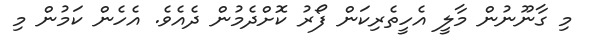
މި ގާނޫނުން މާލީ އެހީތެރިކަން ފޯރު ކޮށްދެމުން ދެއެވެ. އެހެން ކަމުން މި